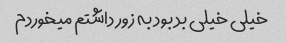
خیلی خیلی بد بود به زور داشتم میخوردم